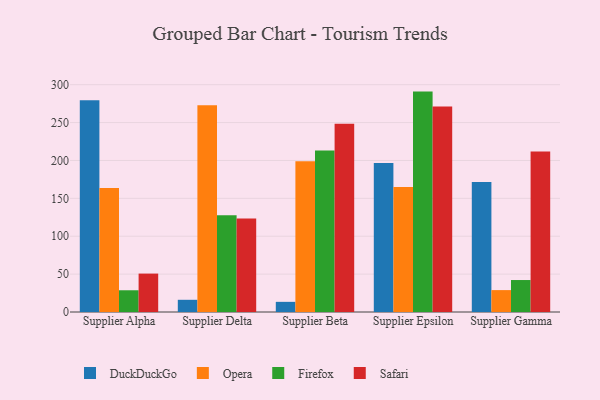
{"axis": {"x": "Supplier", "y": "Gross Profit (USD K)"}, "legend": ["DuckDuckGo", "Firefox", "Opera", "Safari"], "data": [{"x": "Supplier Alpha", "y": 279.5, "type": "DuckDuckGo"}, {"x": "Supplier Alpha", "y": 163.5, "type": "Opera"}, {"x": "Supplier Alpha", "y": 28.7, "type": "Firefox"}, {"x": "Supplier Alpha", "y": 50.7, "type": "Safari"}, {"x": "Supplier Delta", "y": 16.1, "type": "DuckDuckGo"}, {"x": "Supplier Delta", "y": 273.0, "type": "Opera"}, {"x": "Supplier Delta", "y": 127.8, "type": "Firefox"}, {"x": "Supplier Delta", "y": 123.3, "type": "Safari"}, {"x": "Supplier Beta", "y": 13.4, "type": "DuckDuckGo"}, {"x": "Supplier Beta", "y": 199.0, "type": "Opera"}, {"x": "Supplier Beta", "y": 213.1, "type": "Firefox"}, {"x": "Supplier Beta", "y": 248.6, "type": "Safari"}, {"x": "Supplier Epsilon", "y": 196.7, "type": "DuckDuckGo"}, {"x": "Supplier Epsilon", "y": 164.9, "type": "Opera"}, {"x": "Supplier Epsilon", "y": 290.9, "type": "Firefox"}, {"x": "Supplier Epsilon", "y": 271.2, "type": "Safari"}, {"x": "Supplier Gamma", "y": 171.7, "type": "DuckDuckGo"}, {"x": "Supplier Gamma", "y": 28.9, "type": "Opera"}, {"x": "Supplier Gamma", "y": 42.2, "type": "Firefox"}, {"x": "Supplier Gamma", "y": 211.7, "type": "Safari"}]}